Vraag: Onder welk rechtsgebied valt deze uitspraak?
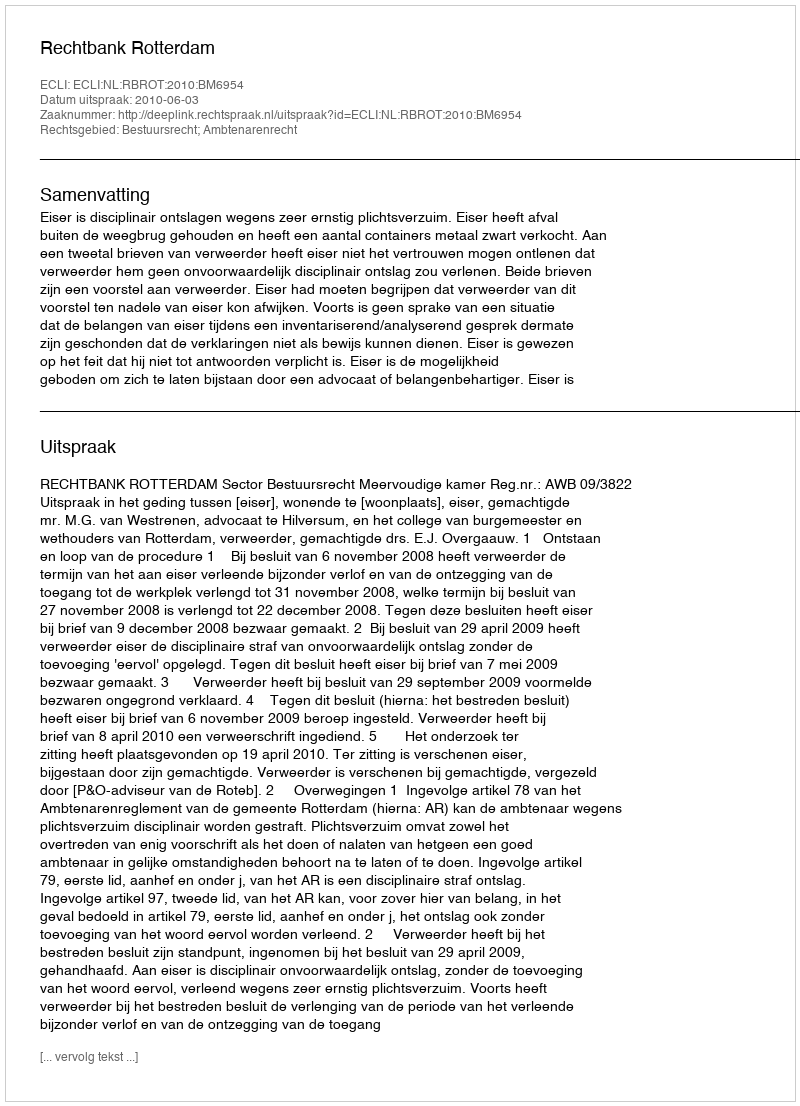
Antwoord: Bestuursrecht; Ambtenarenrecht